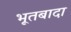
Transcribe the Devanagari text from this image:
भूतबादा